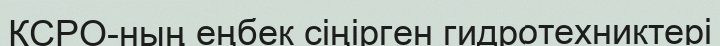
КСРО-ның еңбек сіңірген гидротехниктері